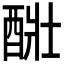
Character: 𨡈